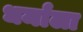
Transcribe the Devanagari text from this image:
धर्मांला